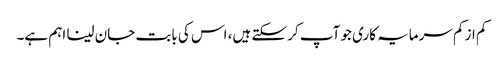
کم از کم سرمایہ کاری جو آپ کر سکتے ہیں، اس کی بابت جان لینا اہم ہے۔